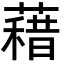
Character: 𮑭